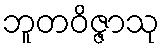
ဘူတဝိဇ္ဇာသု